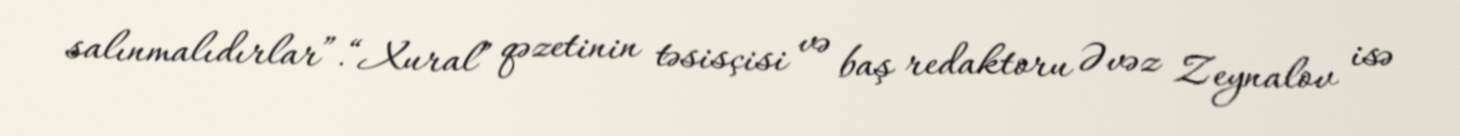
salınmalıdırlar”.“Xural” qəzetinin təsisçisi və baş redaktoru Əvəz Zeynalov isə